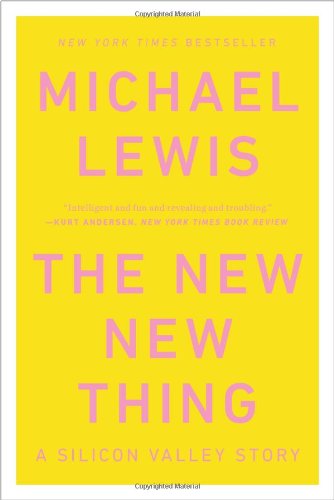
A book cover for The New New Thing : A Silicon Valley Story; Michael Lewis; Computers & Technology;